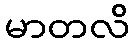
မာတလိ